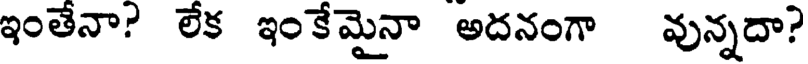
ఇంతేనా? లేక ఇంకేమైనా అదనంగా వున్నదా?